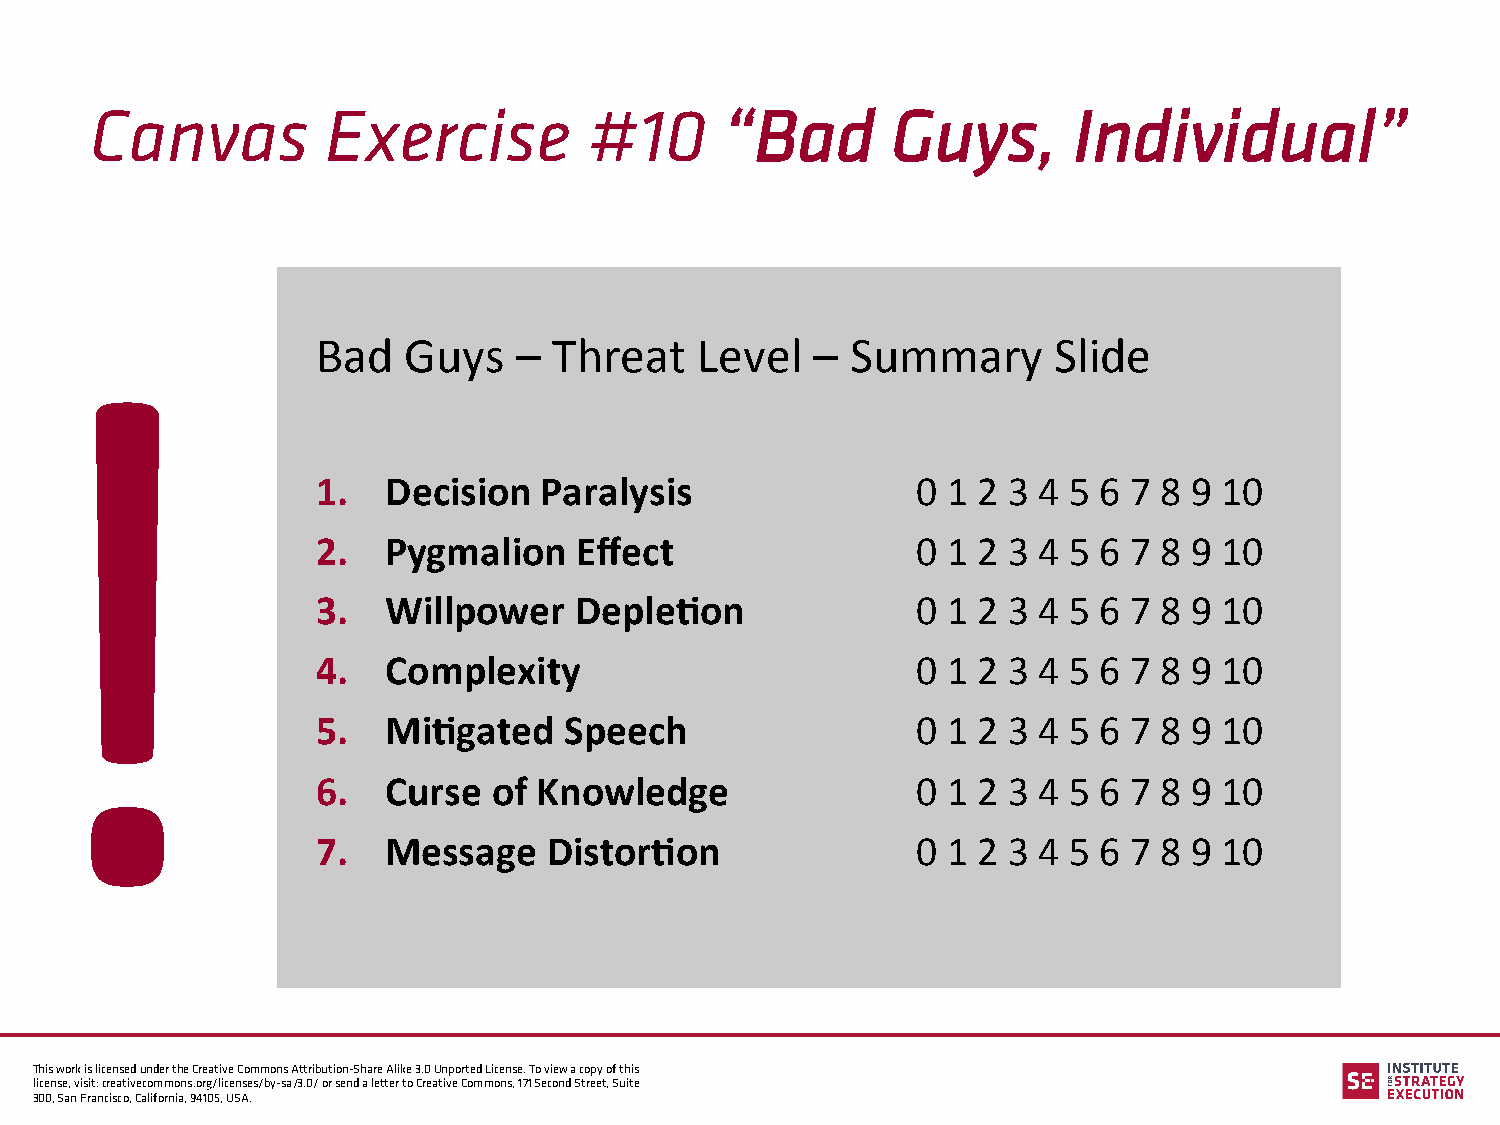
Canvas          Exercise         #10      “Bad       Guys,       Individual”
 Bad   Guys   –  Threat   Level   – Summary       Slide
 !
 1.   Decision  Paralysis                0 1 2 3 4 5 6 7 8 9 10
 2.   Pygmalion   Effect                 0 1 2 3 4 5 6 7 8 9 10
 3.   Willpower   Deple?on               0 1 2 3 4 5 6 7 8 9 10
 4.   Complexity                         0 1 2 3 4 5 6 7 8 9 10
 5.   Mi?gated   Speech                  0 1 2 3 4 5 6 7 8 9 10
 6.   Curse  of Knowledge                0 1 2 3 4 5 6 7 8 9 10
 7.   Message   Distor?on                0 1 2 3 4 5 6 7 8 9 10
 This work is licensed under the Creative Commons Attribution-Share Alike 3.0 Unported License. To view a copy of this
 license, visit: creativecommons.org/licenses/by-sa/3.0/ or send a letter to Creative Commons, 171 Second Street, Suite
 300, San Francisco, California, 94105, USA.